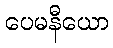
ပေမနီယော